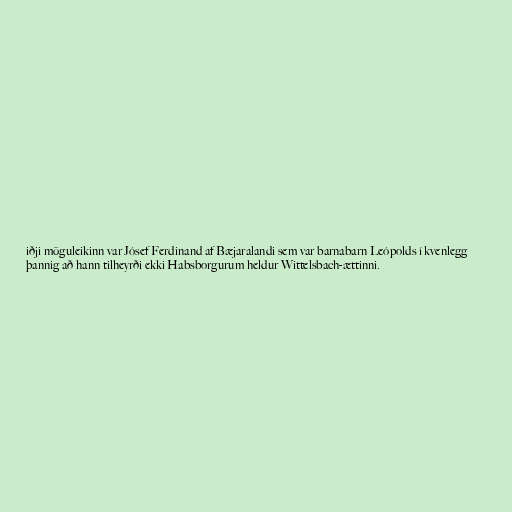
iðji möguleikinn var Jósef Ferdinand af Bæjaralandi sem var barnabarn Leópolds í kvenlegg
þannig að hann tilheyrði ekki Habsborgurum heldur Wittelsbach-ættinni.